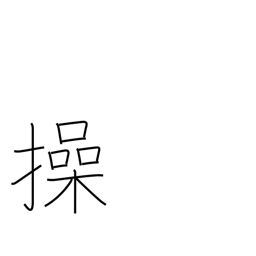
Meaning: maneuver